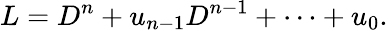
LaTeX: L=D^{n}+u_{n-1}D^{n-1}+\cdots+u_{0}.